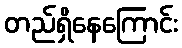
တည်ရှိနေကြောင်း